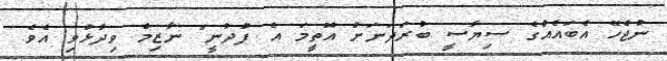
ނުޖެހޭ އެބައެއްގެ ސިޔާސީ ބުރަދަނަށް އޮތީމަ އެ ފުދުނީ" ނާޒިމް ވިދާޅުވި އެވެ.